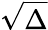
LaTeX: \sqrt{\Delta}